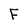
Character: F